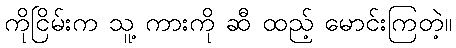
ကိုငြိမ်းက သူ့ ကားကို ဆီ ထည့် မောင်းကြတဲ့။